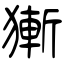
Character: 獑